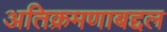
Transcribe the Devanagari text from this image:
अतिक्रमणाबद्दल